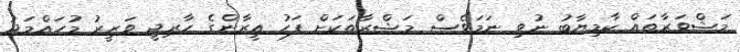
މަޝްވަރާތައް ކާމިޔާބު ނުވި ނަމަވެސް މަޝްރާތަކަށް ފަހު އީރާންގެ ހާރިޖީ ވަޒީރު މުހައްމަދު